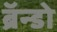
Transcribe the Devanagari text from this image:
ब्रॅन्डो